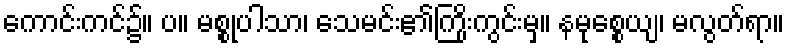
ကောင်းကင်၌။ ပ။ မစ္စုပါသာ၊ သေမင်း၏ကြိုးကွင်းမှ။ နမုစ္စေယျ၊ မလွတ်ရာ။